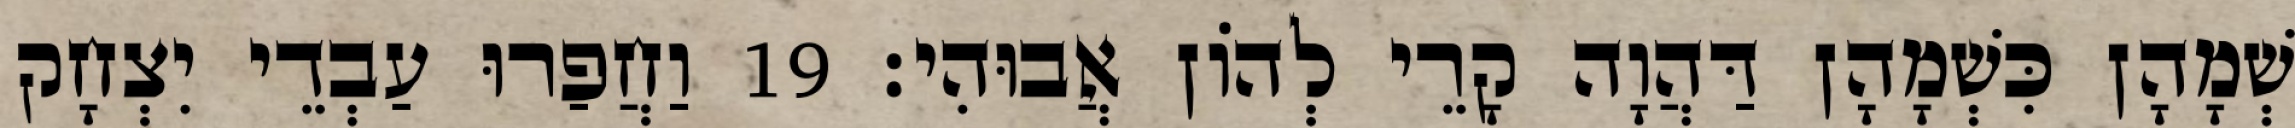
שְׁמָהָן כִּשְׁמָהָן דַּהֲוָה קָרֵי לְהוֹן אֲבוּהִי׃ 19 וַחֲפַרוּ עַבְדֵי יִצְחָק